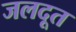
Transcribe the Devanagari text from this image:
जलदूत